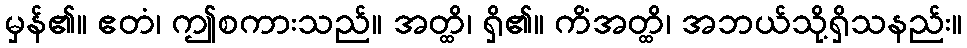
မှန်၏။ ဧတံ၊ ဤစကားသည်။ အတ္ထိ၊ ရှိ၏။ ကိံအတ္ထိ၊ အဘယ်သို့ရှိသနည်း။